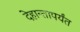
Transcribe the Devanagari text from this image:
देहान्तापर्यंत